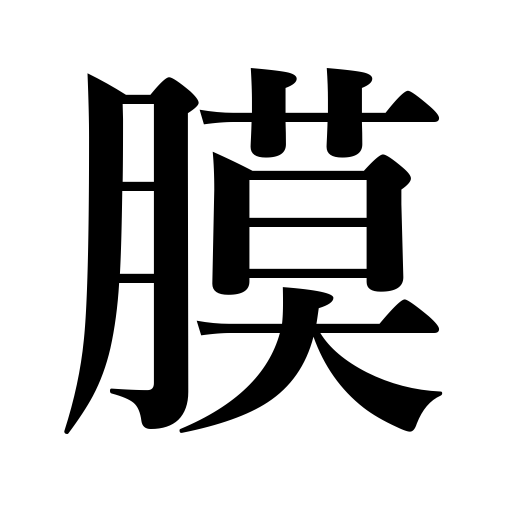
Meanings: membrane